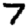
Digit: 7